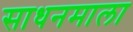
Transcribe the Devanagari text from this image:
साधनमाला